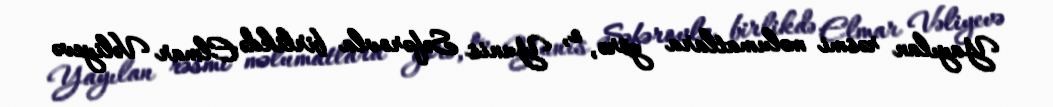
Yayılan rəsmi məlumatlara görə, o, Yunis Səfərovla birlikdə Elmar Vəliyevə